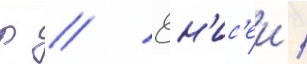
р // Ен'ис'еи /